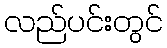
လည်ပင်းတွင်